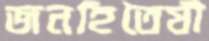
জনহিতৈষী